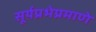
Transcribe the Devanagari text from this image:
सूर्यप्रभेप्रमाणे